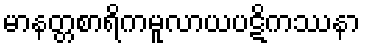
မာနတ္တစာရိကမူလာယပဋိကဿနာ